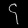
Digit: ၄